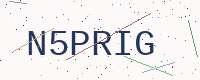
Text: N5PRIG